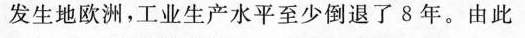
发生地欧洲，工业生产水平至少倒退了8年。由此